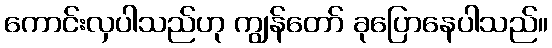
ကောင်းလှပါသည်ဟု ကျွန်တော် ခုပြောနေပါသည်။